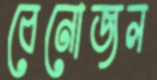
বেনোজল